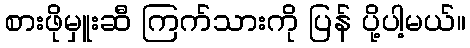
စားဖိုမှူးဆီ ကြက်သားကို ပြန် ပို့ပါ့မယ်။